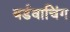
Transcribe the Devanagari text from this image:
बर्डवाचिंग